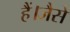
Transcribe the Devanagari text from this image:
हैं।जैसे